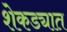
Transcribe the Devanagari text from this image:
शेकड्यात